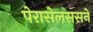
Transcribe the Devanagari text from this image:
पेरासेलससने